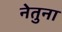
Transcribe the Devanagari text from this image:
नेतुना